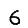
Digit: 6